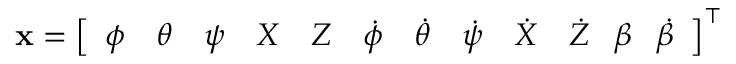
{ \mathbf { x } } = \left[ \begin{array} { l l l l l l l l l l } { \phi } & { \theta } & { \psi } & { X } & { Z } & { \dot { \phi } } & { \dot { \theta } } & { \dot { \psi } } & { \dot { X } } & { \dot { Z } \textbf { } \textbf { } \beta \textbf { } \textbf { } \dot { \beta } } \end{array} \right] ^ { \intercal }